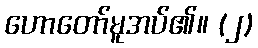
ဟောတော်မူအပ်၏။ (၂)